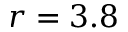
r = 3 . 8